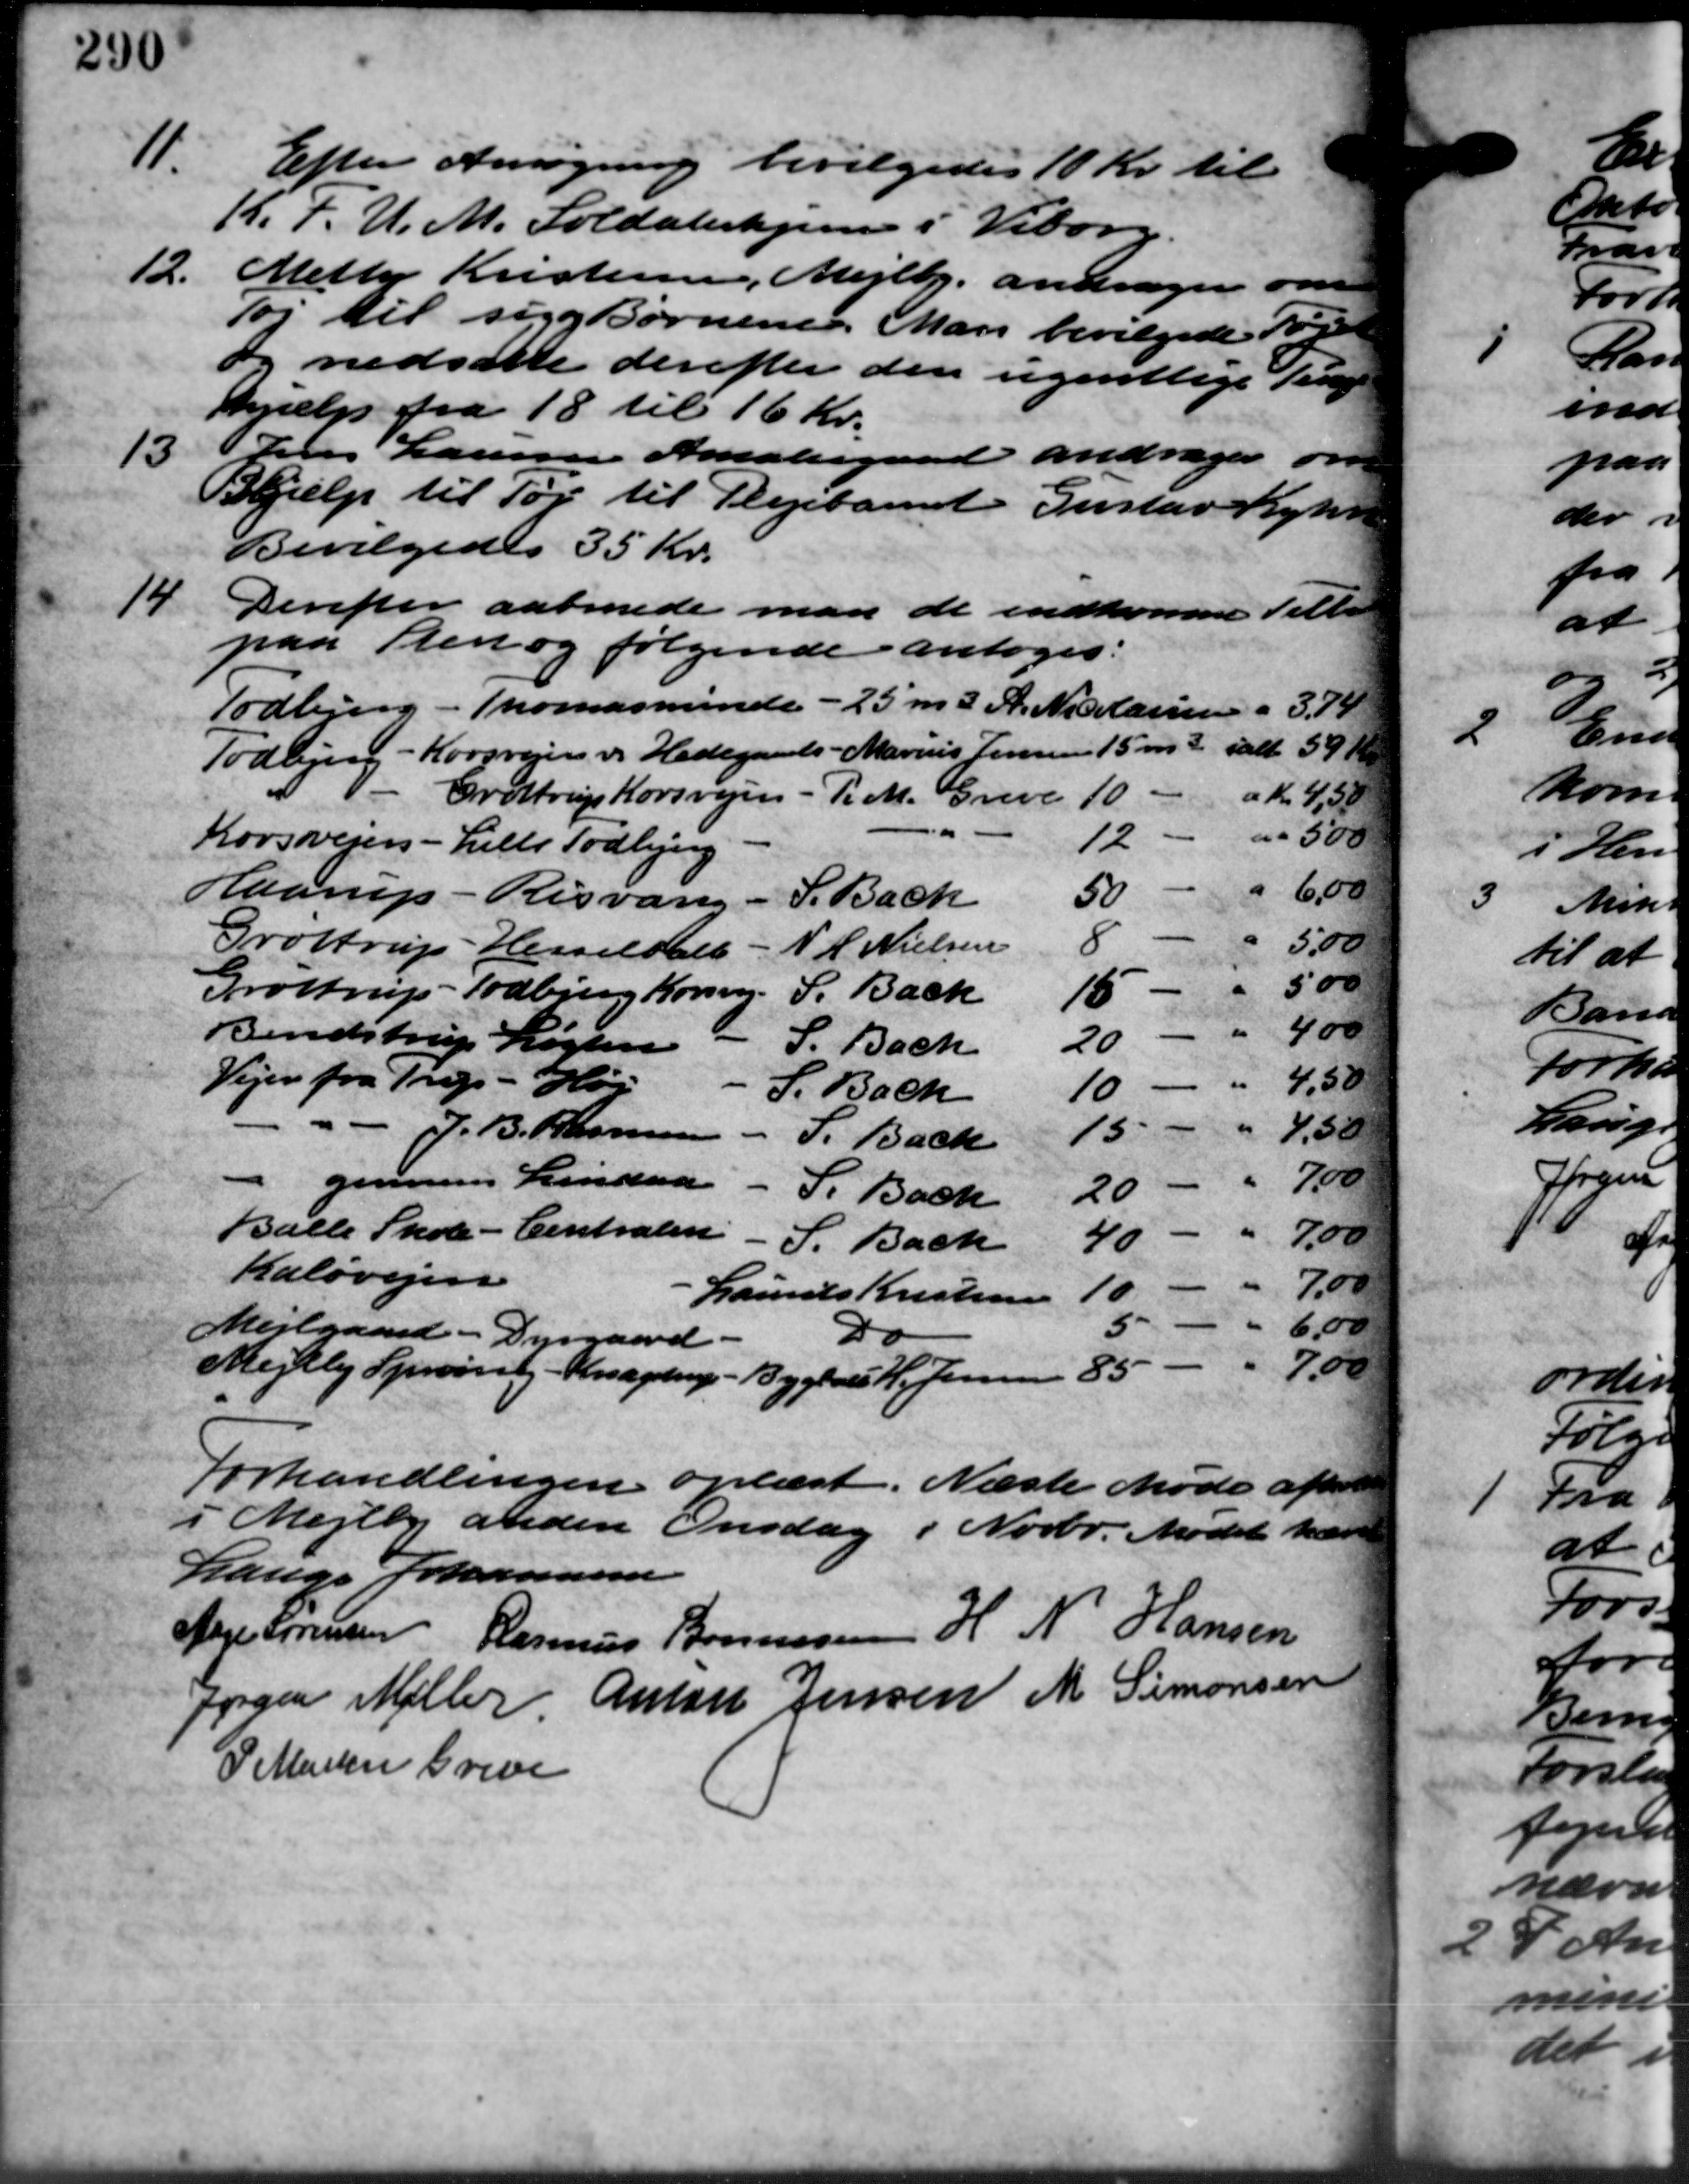
Transskription:
11.
Efter Ansøgning bevilgedes 10 Kr. til
K. F. U. M. Soldaterhjem i Viborg.
12.
Metty Kristensen, Mejlby andrager om
øg til sige Børnene. Man bevilgede Fjel
og nedsætte derefter den ugentlige Teng
hjælp fra 18 til 16 Kr.
13
Jens Laursen Amaliegaard andrager om
jælp til Tøj til Plejebarnet Gustav Kyhr
Bevilgedes 35 Kr.
14
Derefter aabnede man de indkomne Tilbud
paa Plen og følgende antoges:
Todbjerg - Thomasminde - 25 m. d. A. Nielære a 3,74
Todbjerg - Korsvejen og Hedegaards - Marius Jensen 15 m3 ialt 59 Kr.
Grøttrup Korsvejen
R. M. Greve 100 Kr 4,50
" " 500
12
Korsvejen - Lille Todbjerg
" 6.00
Haarup - Risvang
S. Bach
50
8
5,00
Grøttrup - Hesselballe
N. H. Nielsen
500
"
Grøttrup - Todbjerg Korsvej.
S. Bach
15
"
400
Bendstrup Løgten
20
S. Bach
"
Vejen fra Trig - Høj
4.50
S. Bach
10
"
 J. B. Rasmusen
4,50
15
S. Bach
 gennem Lindaa
7.00
-
S. Bach
20
Balle Skole - Centralen
-
"
7.00
 S. Bach
40
Kaløvejen
 " 7.00
10
Laurits Kristensen
3
6,00
Mejlgaard - Dyrgaard.
Do
85 - " 7.00
Mejlby Sprørraby - Kagstrup - Bygtales H. Jensen
Forhandlingen oplæst. Næste Møde afhold
i Mejlby anden Onsdag i Novbr. Mødet hæve
Lauge Johannesen
Aage Sørensen Rasmus Bonnesen H. N. Hansen
Jørgen Møller Anton Jensen M Simonsen
P. Martin Greve